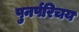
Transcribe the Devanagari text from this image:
पुनर्परिचय